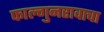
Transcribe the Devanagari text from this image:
फाल्गुनरावाचा